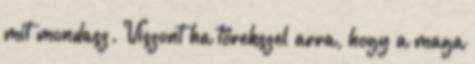
mit mondasz. Viszont ha törekszel arra, hogy a maga